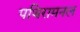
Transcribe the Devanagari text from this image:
पथिरामनल